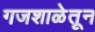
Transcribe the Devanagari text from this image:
गजशाळेतून